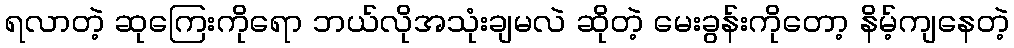
ရလာတဲ့ ဆုကြေးကိုရော ဘယ်လိုအသုံးချမလဲ ဆိုတဲ့ မေးခွန်းကိုတော့ နိမ့်ကျနေတဲ့